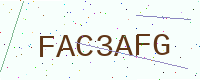
Text: FAC3AFG